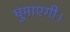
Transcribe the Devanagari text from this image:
घुमाएगी।